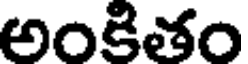
అంకితం